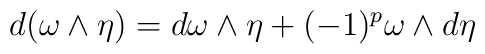
d(\omega \wedge \eta ) =d\omega \wedge \eta +(-1)^p \omega \wedge d\eta